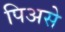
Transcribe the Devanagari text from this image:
पिअसे